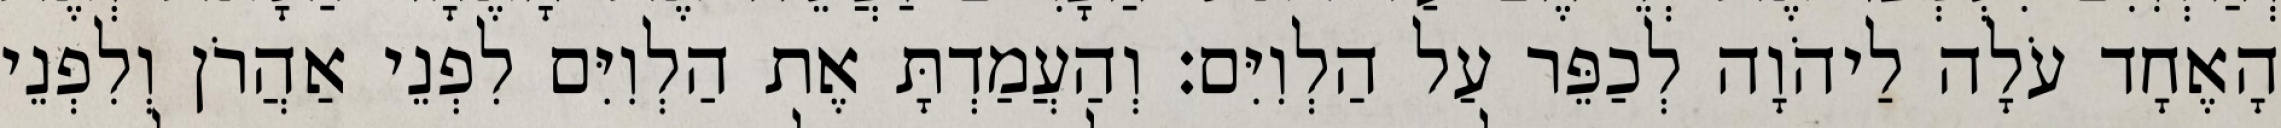
הָאֶחָד עֹלָה לַיהֹוָה לְכַפֵּר עַל הַלְוִיִּם׃ וְהַעֲמַדְתָּ אֶת הַלְוִיִּם לִפְנֵי אַהֲרֹן וְלִפְנֵי